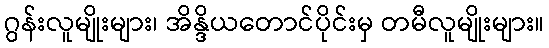
ဂွန်းလူမျိုးများ၊ အိန္ဒိယတောင်ပိုင်းမှ တမီလူမျိုးများ။